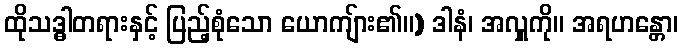
ထိုသဒ္ဓါတရားနှင့် ပြည့်စုံသော ယောကျ်ား၏။) ဒါနံ၊ အလှူကို။ အရဟန္တော၊